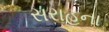
સરાહના